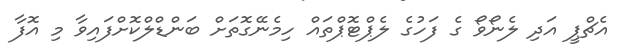
އެޗްޕީ އަދި ލެނޯވޯ ގެ ފަހުގެ ލެޕްޓޮޕްތައް ހިމެނޭގޮތަށް ބަންޑްލްކޮށްފައިވާ މި އޮފާ